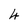
Character: 4